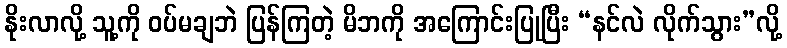
နိုးလာလို့ သူ့ကို ဝပ်မချဘဲ ပြန်ကြတဲ့ မိဘကို အကြောင်းပြုပြီး “နင်လဲ လိုက်သွား”လို့